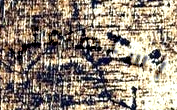
استطاعتي